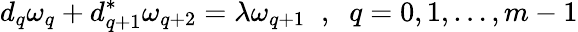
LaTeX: d_{q}\omega_{q}+d_{q+1}^{*}\omega_{q+2}=\lambda\omega_{q+1}\; \; ,\; \; q=0,1,\dots,m-1